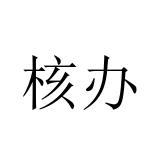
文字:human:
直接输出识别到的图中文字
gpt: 核办